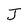
Character: J